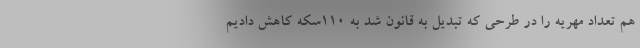
هم تعداد مهریه را در طرحی که تبدیل به قانون شد به ۱۱۰سکه کاهش دادیم